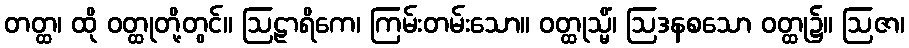
တတ္ထ၊ ထို ဝတ္ထုတို့တွင်။ ဩဠာရိကေ၊ ကြမ်းတမ်းသော။ ဝတ္ထုသ္မိံ၊ ဩဒနစသော ဝတ္ထု၌။ ဩဇာ၊